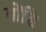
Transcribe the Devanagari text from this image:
तोंडि